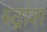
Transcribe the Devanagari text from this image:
रुद्रांश